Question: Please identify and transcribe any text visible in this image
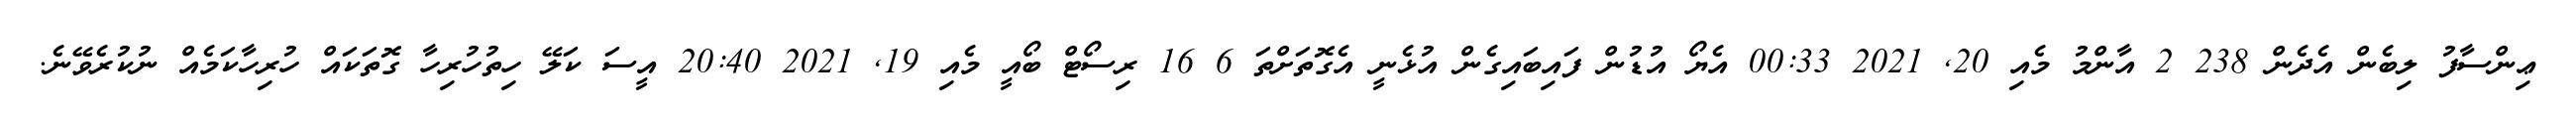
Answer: ޢިންސާފު ލިބެން އެދެން 238 2 އާންމު މެއި 20, 2021 00:33 އެޔޯ އުޑުން ފައިބައިގެން އުޅެނީ އެގޮތަށްތަ 6 16 ރިސޯޓް ބޯއީ މެއި 19, 2021 20:40 އީސަ ކަލޭ ހިތުހުރިހާ ގޮތަކައް ހުރިހާކަމެއް ނުކުރެވޭނެ.